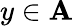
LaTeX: y\in\mathbf{A}